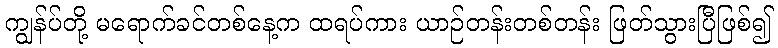
ကျွန်ပ်တို့ မရောက်ခင်တစ်နေ့က ထရပ်ကား ယာဉ်တန်းတစ်တန်း ဖြတ်သွားပြီဖြစ်၍